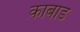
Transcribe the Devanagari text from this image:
काबाड